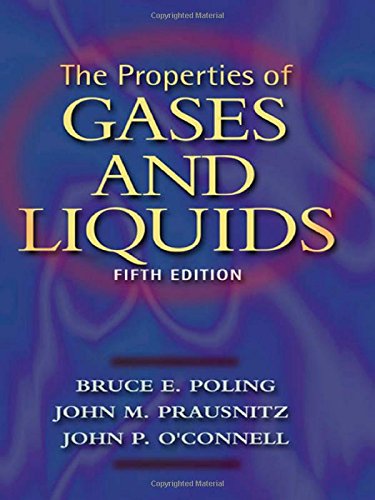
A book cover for The Properties of Gases and Liquids; Bruce E. Poling; Science & Math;